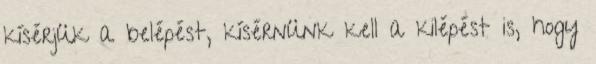
kísérjük a belépést, kísérnünk kell a kilépést is, hogy